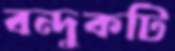
বন্দুকটি